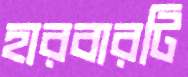
হারবারটি